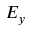
E _ { y }